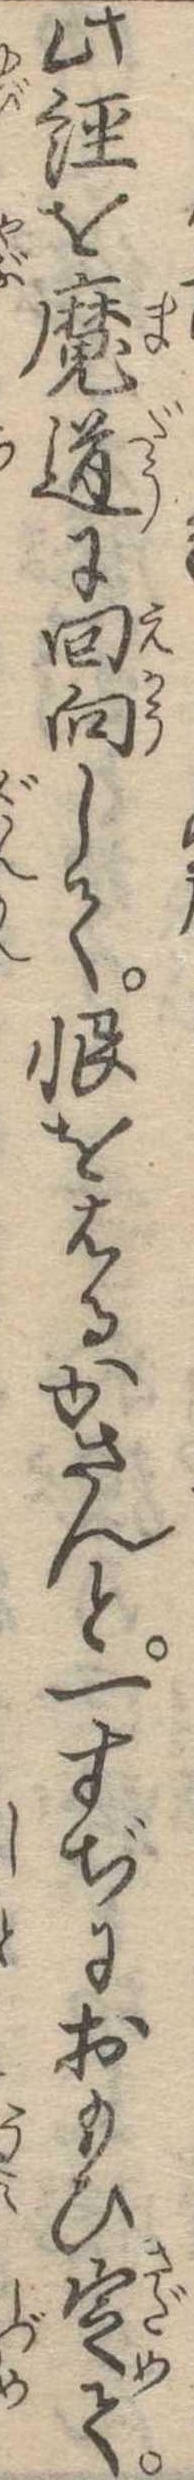
此経を魔道に回向して恨をはるかさんと一すぢにおもひ定て